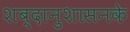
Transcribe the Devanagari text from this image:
शब्दानुशासनके